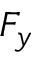
F _ { y }